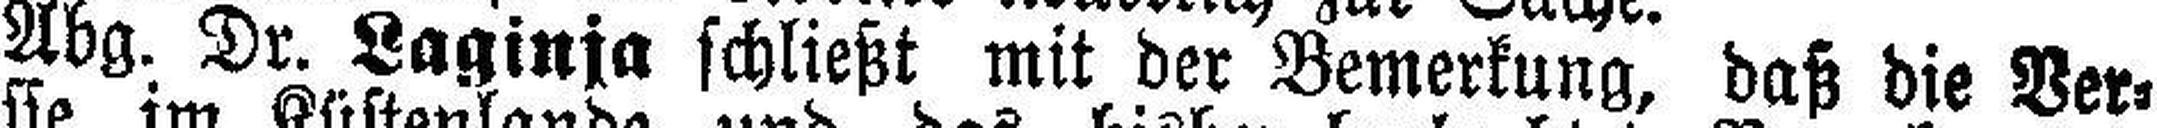
Abg. Dr. Laginja schließt mit der Bemerkung, daß die Ver¬